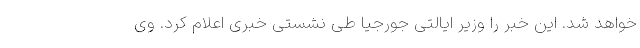
خواهد شد. این خبر را وزیر ایالتی جورجیا طی نشستی خبری اعلام کرد. وی